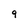
Character: 9